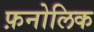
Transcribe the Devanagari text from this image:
फ़नोलिक